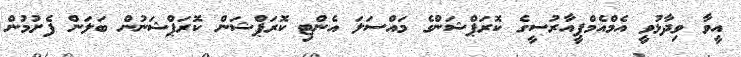
އީވާ ވިދާޅުވީ އެމްއެމްޕީއާރުސީގެ ކޮރަޕްޝަންގެ މައްސަލަ އެންޓި ކޮރަޕްޝަން ކޮރަޕްޝަނުން ބަލަން ފެށުމުން